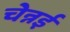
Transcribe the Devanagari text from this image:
चेन्नर्इ